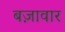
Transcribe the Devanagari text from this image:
बज़ावार